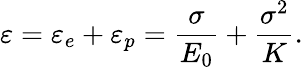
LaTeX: \varepsilon=\varepsilon_{e}+\varepsilon_{p}=\frac{\sigma}{E_{0}}+\frac{\sigma^{2}}{K}.